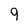
Character: 9